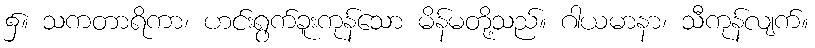
၌။ သကတာရိကာ၊ ဟင်းရွက်ခူးကုန်သော မိန်မတို့သည်။ ဂါယမာနာ၊ သီကုန်လျက်။